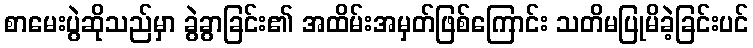
စာမေးပွဲဆိုသည်မှာ ခွဲခွာခြင်း၏ အထိမ်းအမှတ်ဖြစ်ကြောင်း သတိမပြုမိခဲ့ခြင်းပင်